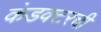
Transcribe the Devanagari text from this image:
कंडक्टरची